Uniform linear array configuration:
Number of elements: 4
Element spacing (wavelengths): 1
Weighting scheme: blackman
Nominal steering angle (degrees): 60
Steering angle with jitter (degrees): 60.116
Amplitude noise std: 0.05
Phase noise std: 0.05

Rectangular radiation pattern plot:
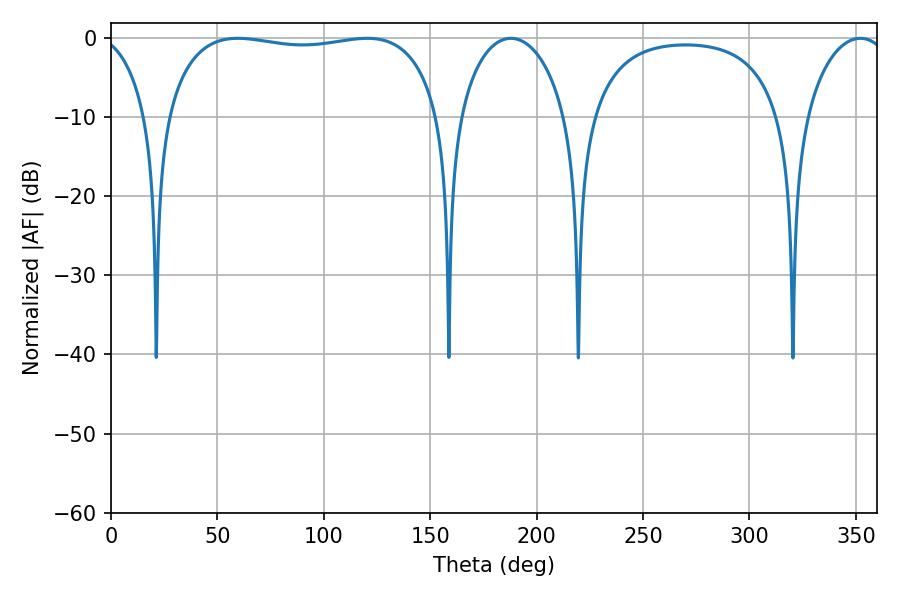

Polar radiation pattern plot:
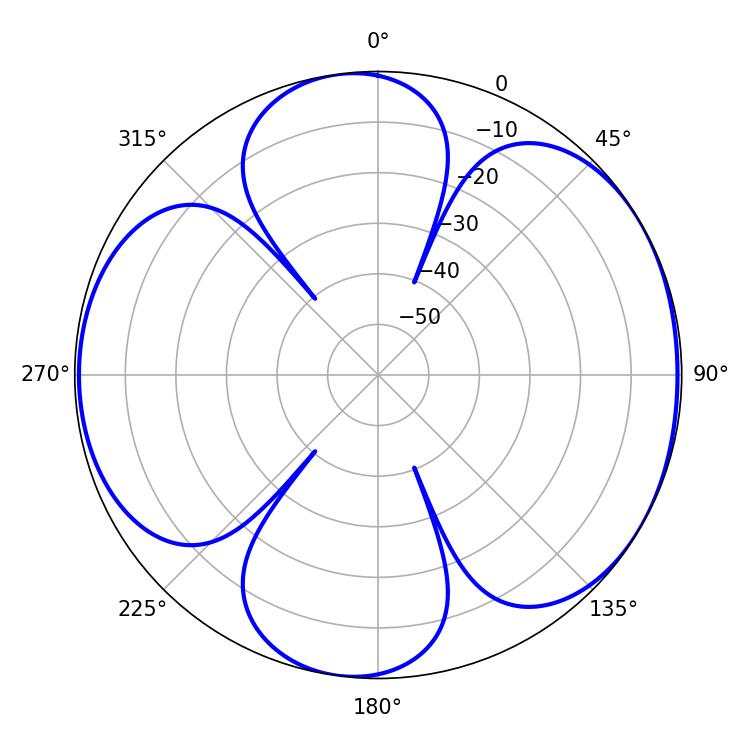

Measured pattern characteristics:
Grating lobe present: TRUE
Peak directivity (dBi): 5.962
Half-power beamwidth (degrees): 104.4
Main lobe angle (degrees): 59.58